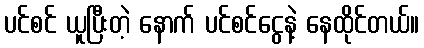
ပင်စင် ယူပြီးတဲ့ နောက် ပင်စင်ငွေနဲ့ နေထိုင်တယ်။